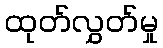
ထုတ်လွှတ်မှု